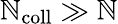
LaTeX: \mathbb{N}_{\mathrm{{coll}}}\gg\mathbb{N}